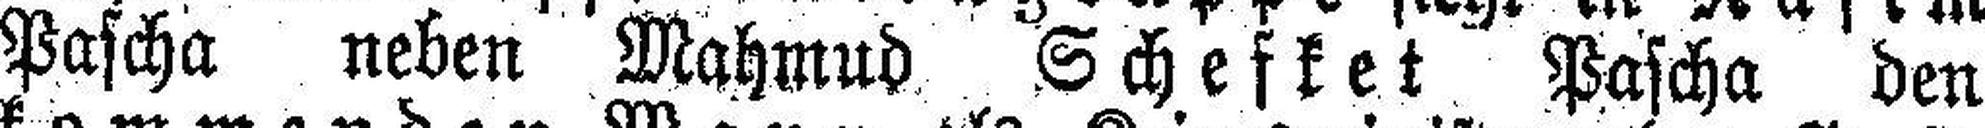
Pascha neben Mahmud Schefket Pascha den